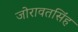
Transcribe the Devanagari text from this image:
जोरावतसिंह